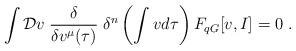
LaTeX: \begin{align*}\int {\cal D}v \;\frac{\delta}{\delta v^{\mu}(\tau)}\;\delta^{n}\left(\int v d\tau \right) F_{q G}[v,I]=0\;.\end{align*}